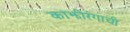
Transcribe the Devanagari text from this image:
काझीरंगाची